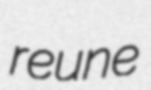
reune